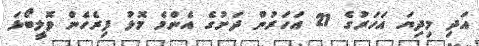
އަދި މިދިޔަ އަހަރުގެ 21 އަހަރުން ދަށުގެ އެންމެ މޮޅު ފިރެހެން ވޮލީބޯޅަ